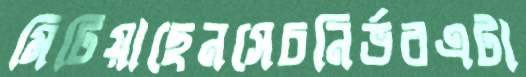
মিটিয়াছেনসেচনির্ভরএটা